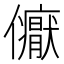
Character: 𭀏